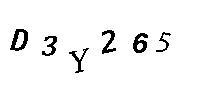
D3Y265